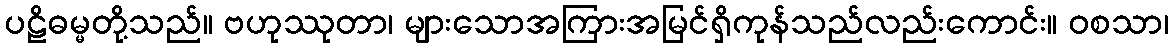
ပဠိဓမ္မတို့သည်။ ဗဟုဿုတာ၊ များသောအကြားအမြင်ရှိကုန်သည်လည်းကောင်း။ ဝစသာ၊